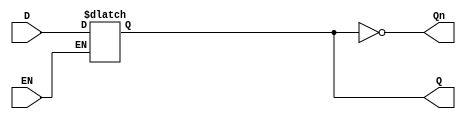
module GatedDLatch (
    input wire D,    // Data Input
    input wire EN,   // Enable Input
    output reg Q,    // Output
    output wire Qn   // Complement of Q
);

// Assign the complement of Q
assign Qn = ~Q;

// Always block to implement the latch behavior
always @ (D or EN) begin
    if (EN) begin
        Q <= D;  // When EN is high, Q follows D
    end
    // When EN is low, Q retains its value
end

endmodule